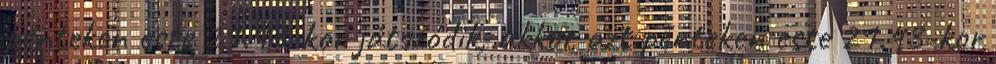
pénteken este 21.43-kor játszódik, akkor azt pénteken este 21.43-kor